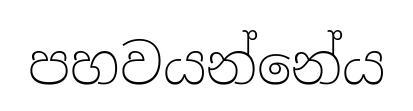
පහවයන්නේය